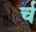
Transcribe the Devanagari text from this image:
र्च